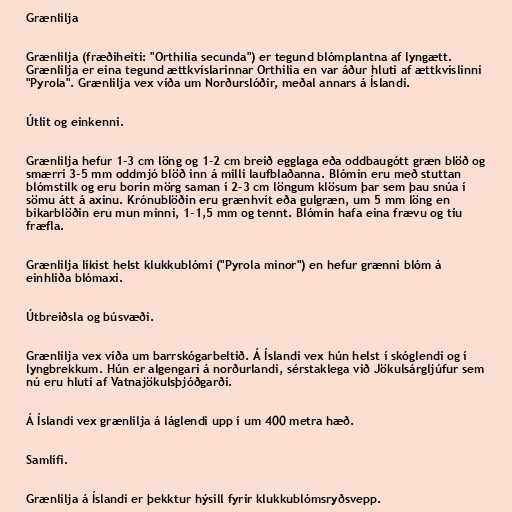
Grænlilja

Grænlilja (fræðiheiti: "Orthilia secunda") er tegund blómplantna af lyngætt.
Grænlilja er eina tegund ættkvíslarinnar Orthilia en var áður hluti af ættkvíslinni
"Pyrola". Grænlilja vex víða um Norðurslóðir, meðal annars á Íslandi.

Útlit og einkenni.

Grænlilja hefur 1-3 cm löng og 1-2 cm breið egglaga eða oddbaugótt græn blöð og
smærri 3-5 mm oddmjó blöð inn á milli laufblaðanna. Blómin eru með stuttan
blómstilk og eru borin mörg saman í 2-3 cm löngum klösum þar sem þau snúa í
sömu átt á axinu. Krónublöðin eru grænhvít eða gulgræn, um 5 mm löng en
bikarblöðin eru mun minni, 1-1,5 mm og tennt. Blómin hafa eina frævu og tíu
fræfla.

Grænlilja líkist helst klukkublómi ("Pyrola minor") en hefur grænni blóm á
einhliða blómaxi.

Útbreiðsla og búsvæði.

Grænlilja vex víða um barrskógarbeltið. Á Íslandi vex hún helst í skóglendi og í
lyngbrekkum. Hún er algengari á norðurlandi, sérstaklega við Jökulsárgljúfur sem
nú eru hluti af Vatnajökulsþjóðgarði.

Á Íslandi vex grænlilja á láglendi upp í um 400 metra hæð.

Samlífi.

Grænlilja á Íslandi er þekktur hýsill fyrir klukkublómsryðsvepp.